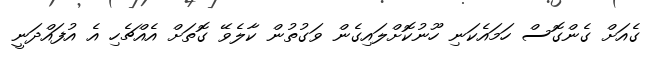
ގެއަށް ގެންގޮސް ހަމައެކަނި ހޫނުކޮށްލައިގެން ވަގުތުން ކާލެވޭ ގޮތަށް އެއްޗެހި އެ އުފައްދަނީ